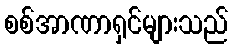
စစ်အာဏာရှင်များသည်